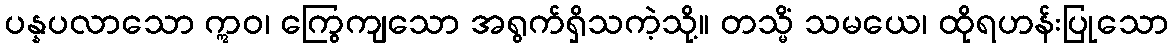
ပန္နပလာသော ဣဝ၊ ကြွေကျသော အရွက်ရှိသကဲ့သို့။ တသ္မိံ သမယေ၊ ထိုရဟန်းပြုသော